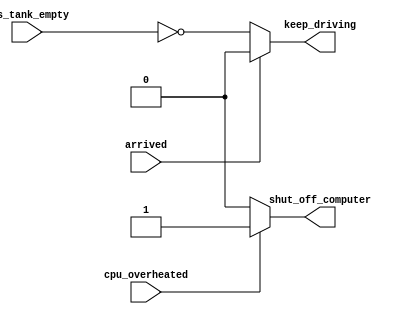
// synthesis verilog_input_version verilog_2001
module top_module (
    input      cpu_overheated,
    output reg shut_off_computer,
    input      arrived,
    input      gas_tank_empty,
    output reg keep_driving  ); //

    always @(*) begin
        if (cpu_overheated)
            shut_off_computer = 1;
        else
            shut_off_computer = 0;
    end

    always @(*) begin
        if (~arrived)
            keep_driving = ~gas_tank_empty;
        else
            keep_driving = 0;
    end

endmodule

// to avoid latch(in a block):
// 1. Take all input situations into consideration
// if->else, case->default
// 2. Declare all output signals in all siturations.
// (See Always_nolatches.v)